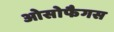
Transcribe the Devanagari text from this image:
ओसोफैगस